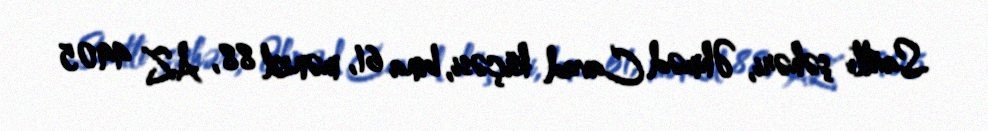
Saatlı şəhəri, Əhməd Cavad küçəsi, bina 61, mənzil 88, AZ 4905